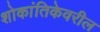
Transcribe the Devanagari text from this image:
शोकांतिकेवरील